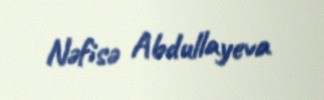
Nəfisə Abdullayeva